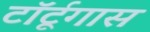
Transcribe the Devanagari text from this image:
टॉर्टूगास